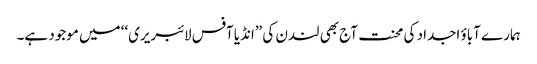
ہمارے آباؤ اجداد کی محنت آج بھی لندن کی ”انڈیا آفس لائبریری‘‘ میں موجود ہے۔